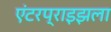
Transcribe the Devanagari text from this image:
एंटरप्राइझला